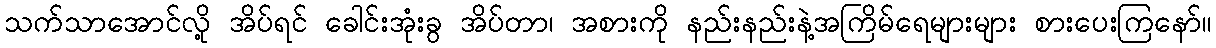
သက်သာအောင်လို့ အိပ်ရင် ခေါင်းအုံးခွ အိပ်တာ၊ အစားကို နည်းနည်းနဲ့အကြိမ်ရေများများ စားပေးကြနော်။